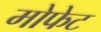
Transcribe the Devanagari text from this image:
मोफेट